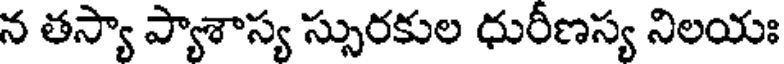
న తస్యా ప్యాశాస్య స్సురకుల ధురీణస్య నిలయః